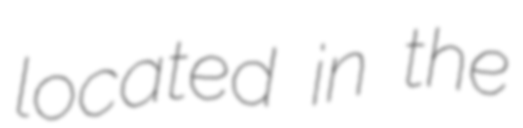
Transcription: located in the